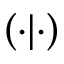
\left( \cdot | \cdot \right)